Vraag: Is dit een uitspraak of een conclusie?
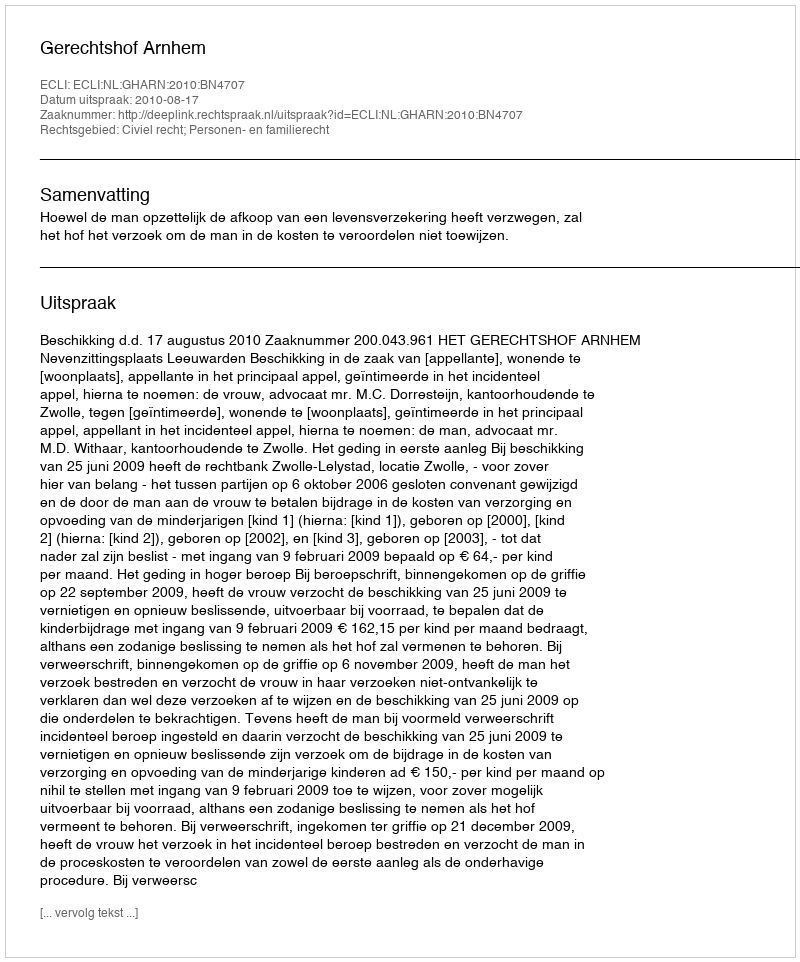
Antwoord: Uitspraak